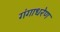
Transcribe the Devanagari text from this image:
गंगाधरेण